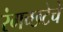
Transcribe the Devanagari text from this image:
रंगच्‍छटेचे